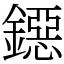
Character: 鐚